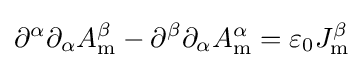
\partial ^{\alpha }\partial _{\alpha }A_{\mathrm {m} }^{\beta }-\partial ^{\beta }\partial _{\alpha }A_{\mathrm {m} }^{\alpha }=\varepsilon _{0}J_{\mathrm {m} }^{\beta }